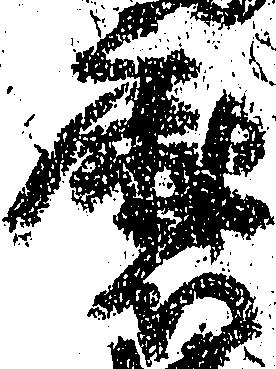
磨